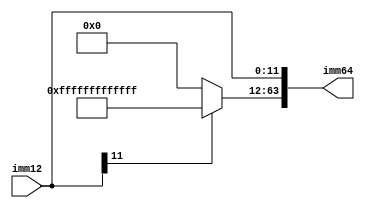
/*********************************
* Immediate generation block
*********************************/

module imm_generate(imm12, imm64);

input[11:0] imm12;
output[63:0] imm64;

assign imm64[11:0] = imm12;
assign imm64[63:12] = imm12[11]?{52{1'b1}}:{52{1'b0}};

endmodule